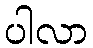
ပါလာ